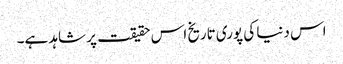
اس دنیا کی پوری تاریخ اس حقیقت پر شاہد ہے۔